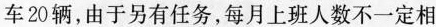
车20辆，由于另有任务，每月上班人数不一定相